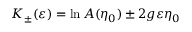
K _ { \pm } ( \varepsilon ) = \ln A ( \eta _ { 0 } ) \pm 2 g \varepsilon \eta _ { 0 }